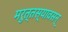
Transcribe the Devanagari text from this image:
मरुत्तस्यावसन्